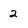
Character: 2